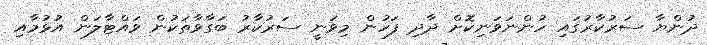
ދުންޔާ ސަރުކާރުގައި ހުންނަވަނިކޮށް ދާދި ފަހުން މިވަނީ ސަރުކާރު ބަގާވާތަކުން ވައްޓާލަން އުޅުމާއި